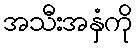
အသီးအနှံကို